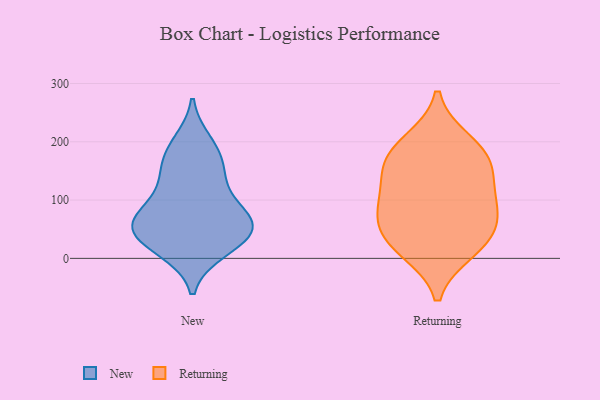
{"axis": {"x": "Customer Acquisition Cost (USD)", "y": "Value"}, "legend": ["New", "Returning"], "data": [{"x": "", "y": 136, "type": "New"}, {"x": "", "y": 61, "type": "New"}, {"x": "", "y": 161, "type": "New"}, {"x": "", "y": 72, "type": "New"}, {"x": "", "y": 14, "type": "New"}, {"x": "", "y": 123, "type": "New"}, {"x": "", "y": 39, "type": "New"}, {"x": "", "y": 66, "type": "New"}, {"x": "", "y": 20, "type": "New"}, {"x": "", "y": 56, "type": "New"}, {"x": "", "y": 198, "type": "New"}, {"x": "", "y": 40, "type": "New"}, {"x": "", "y": 182, "type": "New"}, {"x": "", "y": 76, "type": "New"}, {"x": "", "y": 199, "type": "Returning"}, {"x": "", "y": 172, "type": "Returning"}, {"x": "", "y": 33, "type": "Returning"}, {"x": "", "y": 100, "type": "Returning"}, {"x": "", "y": 36, "type": "Returning"}, {"x": "", "y": 90, "type": "Returning"}, {"x": "", "y": 170, "type": "Returning"}, {"x": "", "y": 15, "type": "Returning"}, {"x": "", "y": 146, "type": "Returning"}, {"x": "", "y": 78, "type": "Returning"}]}